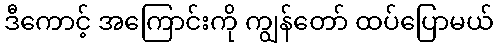
ဒီကောင့် အကြောင်းကို ကျွန်တော် ထပ်ပြောမယ်